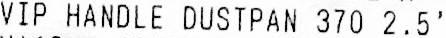
VIP HANDLE DUSTPAN 370 2.5'